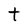
Character: t